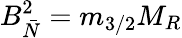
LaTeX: B_{\bar{N}}^{2}=m_{3/2}M_{R}